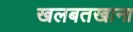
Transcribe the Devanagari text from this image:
खलबतखाना